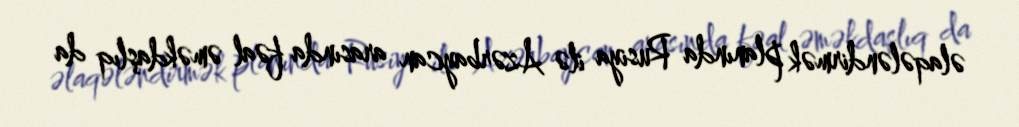
əlaqələndirmək planında Rusiya ilə Azərbaycan arasında fəal əməkdaşlıq da